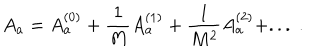
A _ { a } = A _ { a } ^ { ( 0 ) } + \frac { 1 } { M } A _ { a } ^ { ( 1 ) } + \frac { 1 } { M ^ { 2 } } A _ { a } ^ { ( 2 ) } + . . . \; .